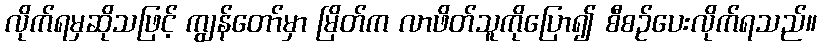
လိုက်ရမှဆိုသဖြင့် ကျွန်တော်မှာ မြိတ်က လာဖိတ်သူကိုပြော၍ စီစဉ်ပေးလိုက်ရသည်။